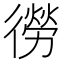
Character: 𭜃